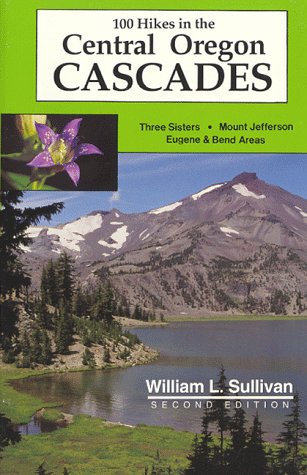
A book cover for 100 Hikes in the Central Oregon Cascades; William Sullivan; Travel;